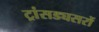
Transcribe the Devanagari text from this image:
ट्रांसड्यसरों